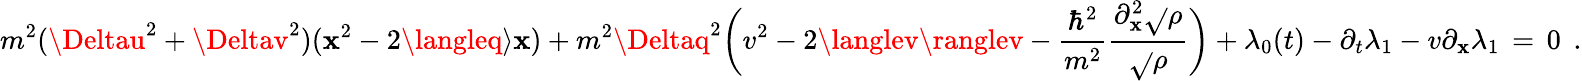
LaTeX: m^{2}({\Deltau}^{2}+{\Deltav}^{2})(\mathbf{x}^{2}-2\langleq\rangle\mathbf{x})+m^{2}{\Deltaq}^{2}\bigg(v^{2}-2\langlev\ranglev-\frac{{\hbar^{2}}}{{m^{2}}}\frac{{\partial_{\mathbf{x}}^{2}\sqrt{}{{\rho}}}}{{\sqrt{}{{\rho}}}}\bigg)+\lambda_{0}(t)-\partial_{t}\lambda_{1}-v\partial_{\mathbf{x}}\lambda_{1}\, =\, 0\; \, .